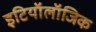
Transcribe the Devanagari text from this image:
इटियॉलॉजिक